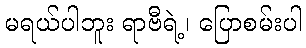
မရယ်ပါဘူး ရာဗီရဲ့၊ ပြောစမ်းပါ